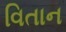
વિતાન